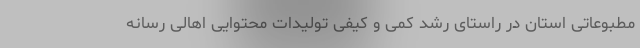
مطبوعاتی استان در راستای رشد کمی و کیفی تولیدات محتوایی اهالی رسانه